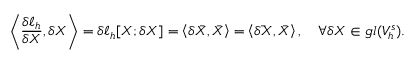
\left\langle \frac { \delta \ell _ { h } } { \delta X } , \delta X \right\rangle = \delta \ell _ { h } [ X ; \delta X ] = \left\langle \delta \bar { X } , \bar { X } \right\rangle = \left\langle \bar { \delta X } , \bar { X } \right\rangle , \quad \forall \delta X \in \mathfrak { g l } ( V _ { h } ^ { s } ) .